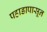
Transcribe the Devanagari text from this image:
पहाडापासून